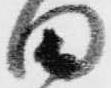
田